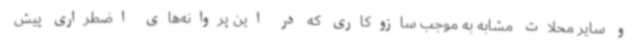
و سایر محلات مشابه به موجب سازوکاری که در این پروانه‌های اضطراری پیش